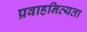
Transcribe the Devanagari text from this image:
प्रवाहनित्यता